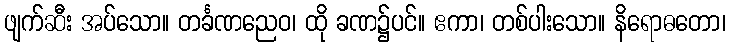
ဖျက်ဆီး အပ်သော။ တင်္ခဏညေဝ၊ ထို ခဏ၌ပင်။ ဧကာ၊ တစ်ပါးသော။ နိရောဓတော၊